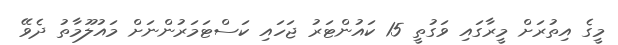
މީގެ އިތުރަށް މީރާގައި ވަގުތީ 15 ކައުންޓަރު ޖަހައި ކަސްޓަމަރުންނަށް މައުލޫމާތު ދެވޭ